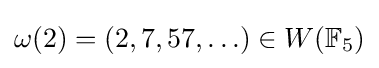
\omega (2)=(2,7,57,\ldots )\in W(\mathbb {F} _{5})